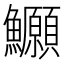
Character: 𫚆